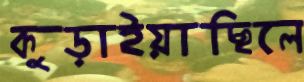
কুড়াইয়াছিলে